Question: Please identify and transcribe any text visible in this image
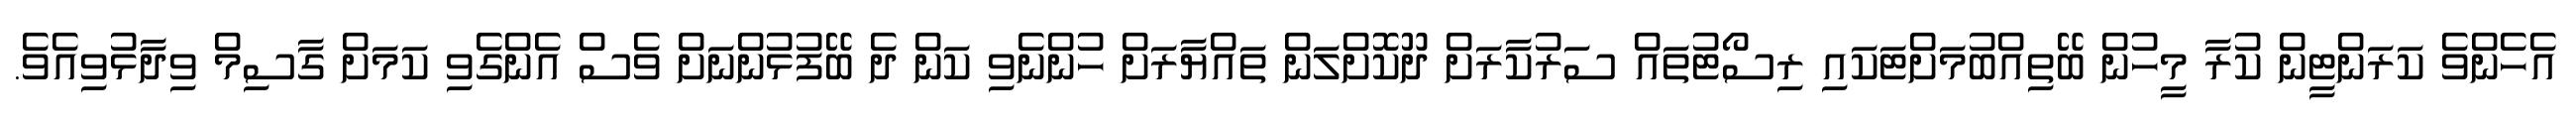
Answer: އެހެންވެ ކަރަންޓީން ކުރާ މީހުން ބޭތިއްބުމަށްޓަކައި ރިސޯޓުތައް ސަރުކާރަށް ދޫކޮށްލަން ތައްޔާރަށް ހުންނެވި ކަން ދެ ބޭފުޅުންނަށް ވެސް އެންގެވި ކަމަށް ގާސިމް ވިދާޅުވިއެވެ.